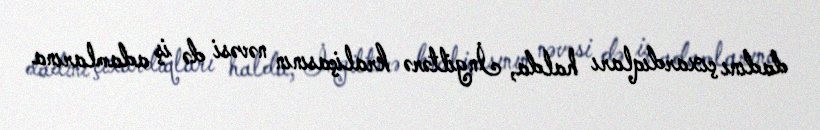
dadını çıxardıqları halda, İngiltərə kraliçasının nəvəsi də iş adamlarına